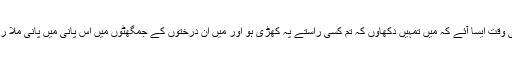
شاید کوئی وقت ایسا آئے کہ میں تمہیں دکھاؤں کہ تم کسی راستے پہ کھڑی ہو اور میں ان درختوں کے جمگھٹوں میں اس پانی میں پانی ملا رہا ہوں گا۔